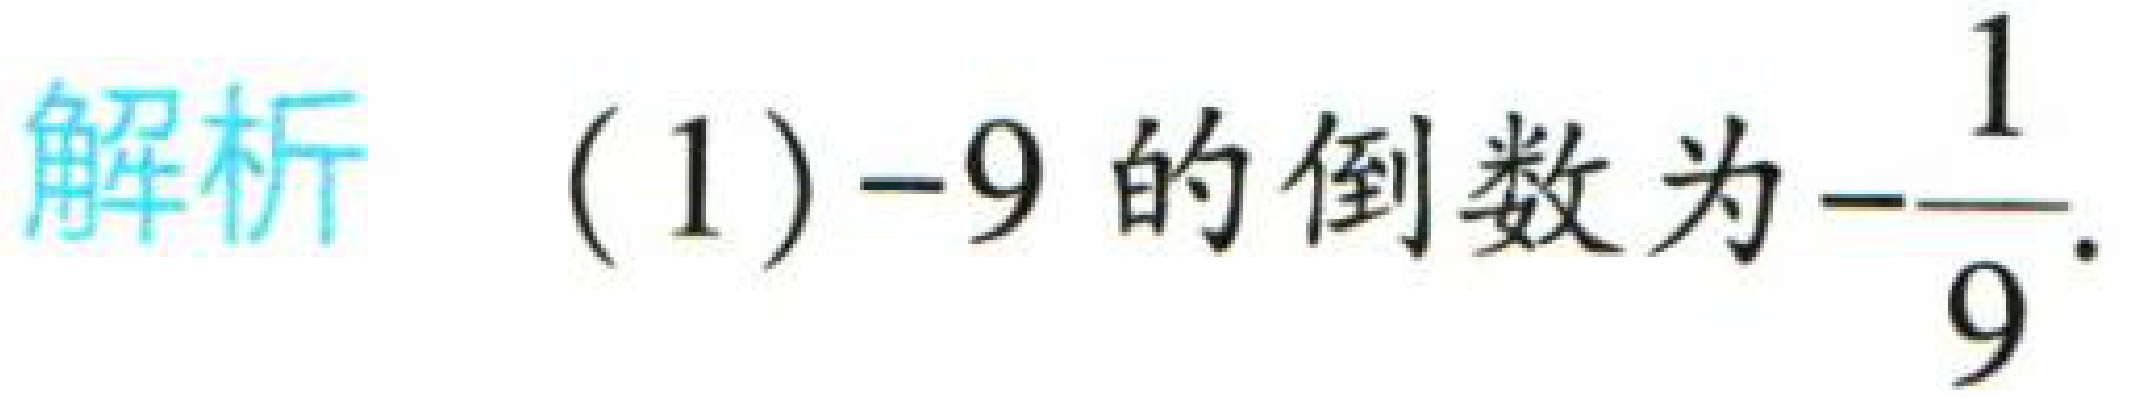
解析 (1) \(-9\) 的倒数为\(-\dfrac{1}{9}\).